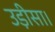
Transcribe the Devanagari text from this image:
उड़ीसा।